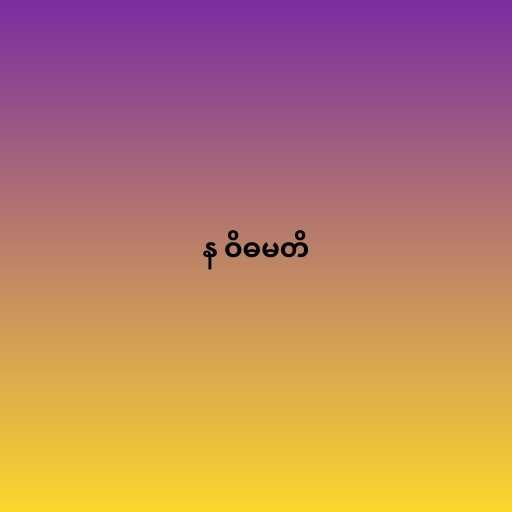
န ဝိဓမတိ